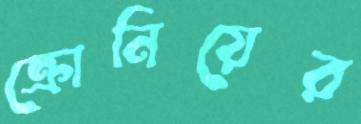
ক্রোনিয়ের